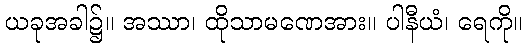
ယခုအခါ၌။ အဿာ၊ ထိုသာမဏေအား။ ပါနီယံ၊ ရေကို။